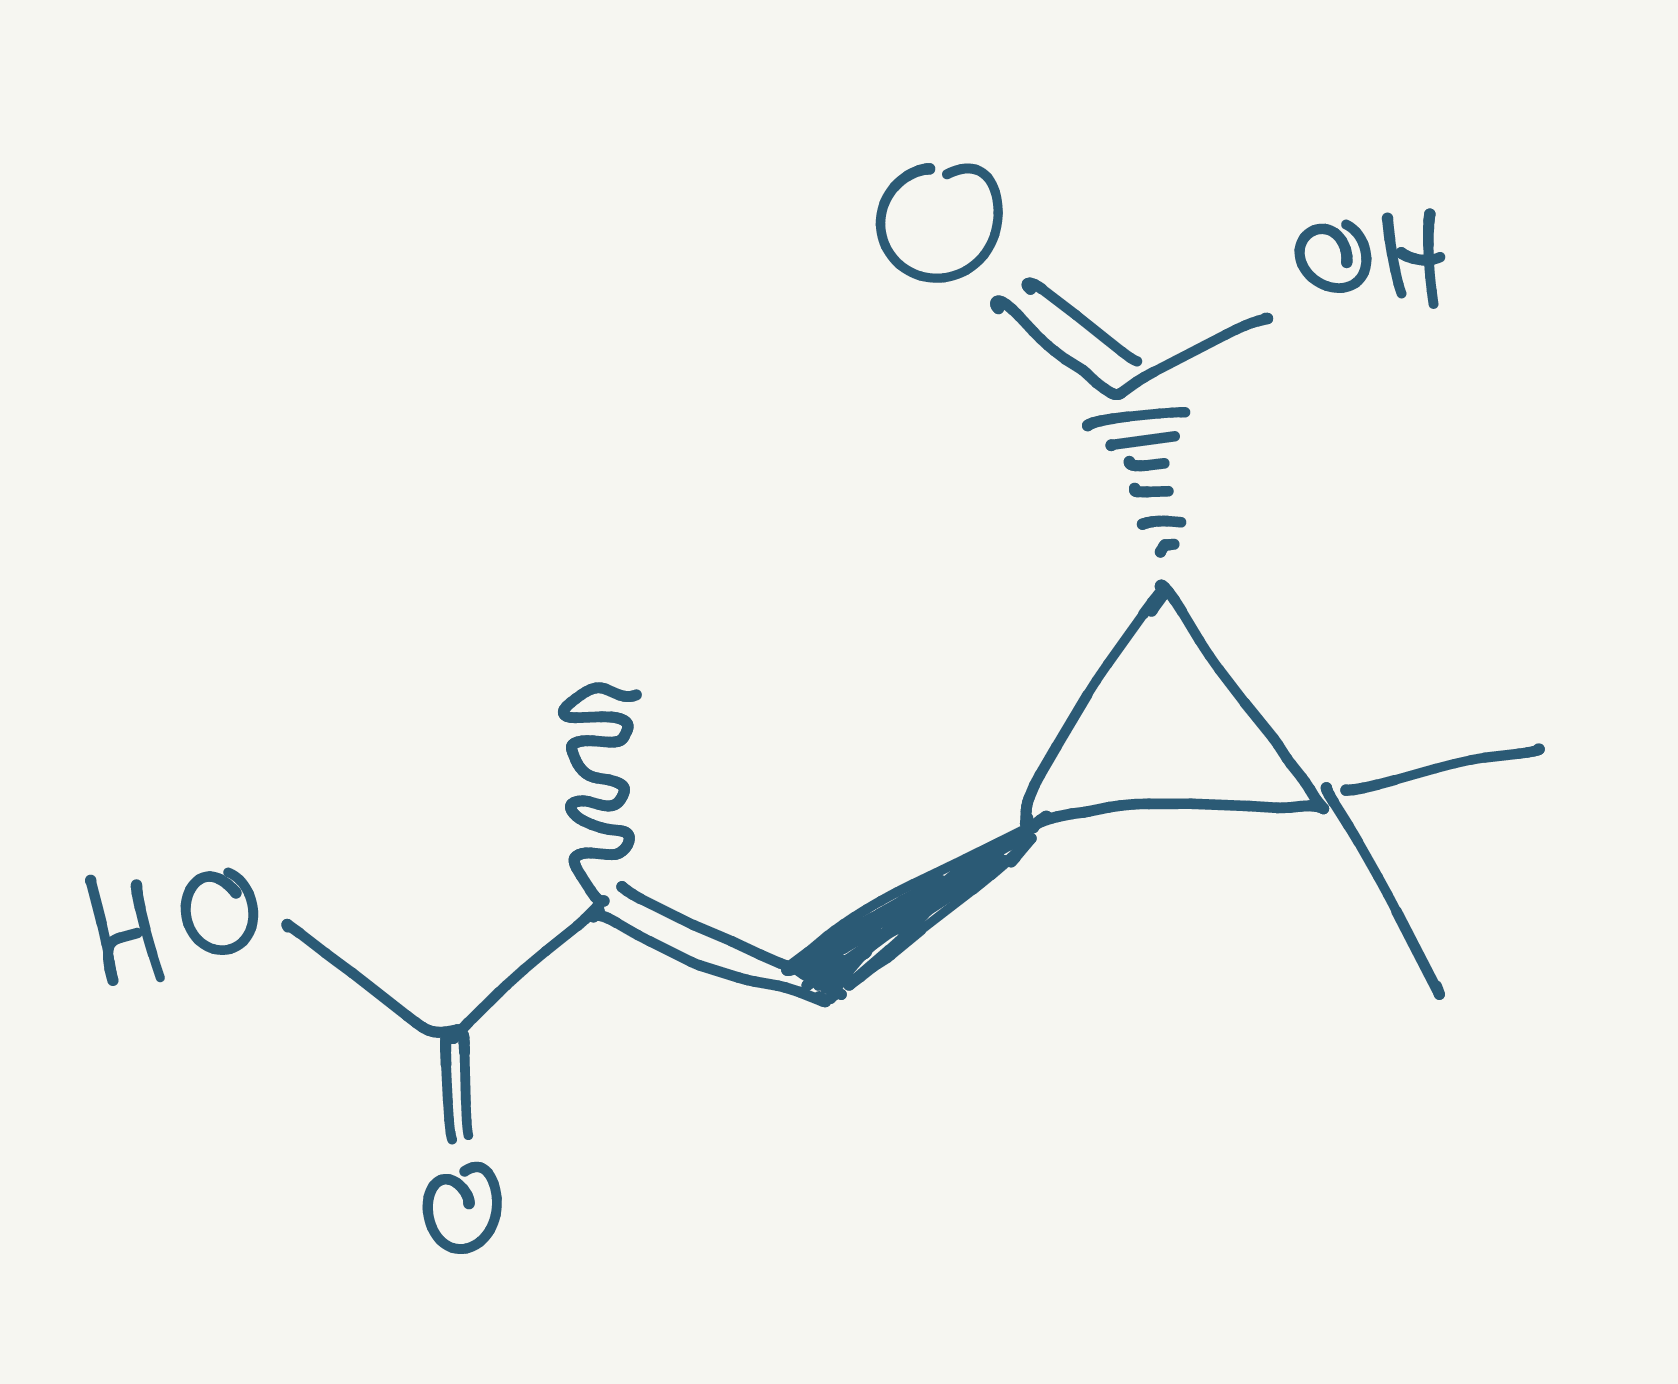
Simplified molecular-input line-entry system (SMILES) notation of the given molecule:
CC(=C[C@H]1[C@@H](C1(C)C)C(=O)O)C(=O)O